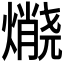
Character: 𱬘